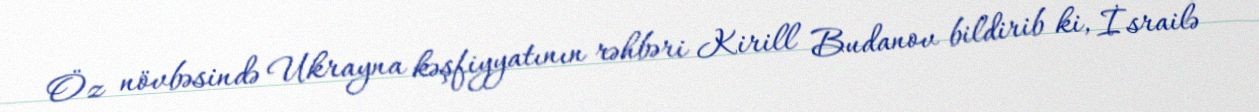
Öz növbəsində Ukrayna kəşfiyyatının rəhbəri Kirill Budanov bildirib ki, İsrailə